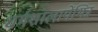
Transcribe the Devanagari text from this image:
धर्मशालायेंभिन्न